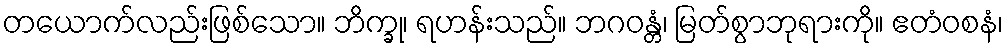
တယောက်လည်းဖြစ်သော။ ဘိက္ခု၊ ရဟန်းသည်။ ဘဂဝန္တံ၊ မြတ်စွာဘုရားကို။ ဧတံဝစနံ၊